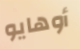
أوهايو